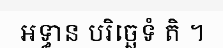
អទ្ធាន បរិច្ឆេទំ តិ ។